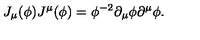
J _ { \mu } ( \phi ) J ^ { \mu } ( \phi ) = \phi ^ { - 2 } \partial _ { \mu } \phi \partial ^ { \mu } \phi .